Vaccination in Bombay 1874-1876 - 1874-1876
Year: 1874
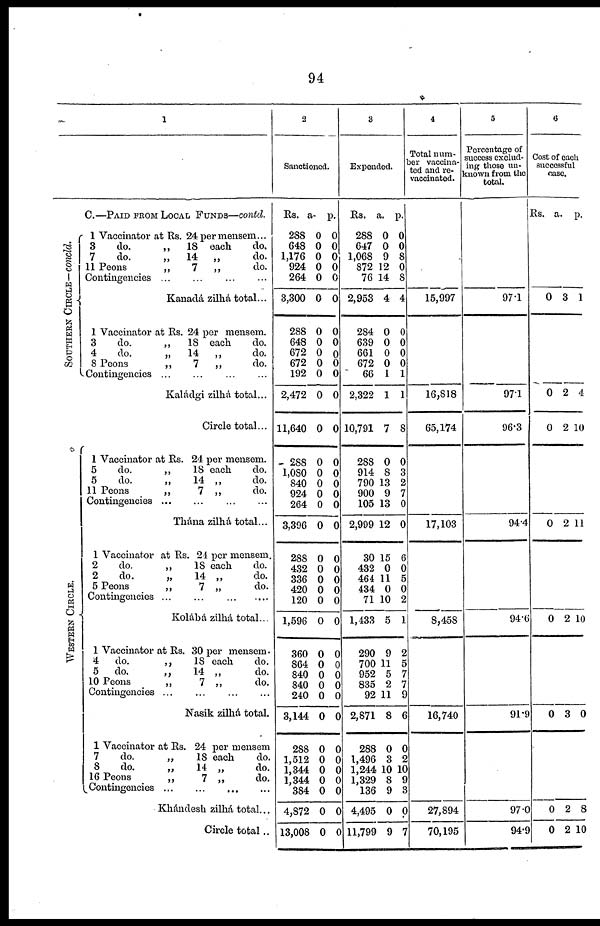
94
1
C.—PAID FROM LOCAL FUNDS—contd.
SOUTHERN CIRCLE—concld.
WE S
T E R N CI RCLE.
1 Vaccinator at Rs. 24 per mensem...
3
do.
„
18 each
do.
7
do.
„
14 „
do.
11 Peons
„
7
„
do.
Contingencies ... ... ... ...
Kanadá zilhá total...
1 Vaccinator at Rs. 24 per mensem.
3
do.
„
18 each
do.
4
do.
„
14
„
do.
8 Peons
„
7
„
do.
Contingencies...
...
...
...
Kaládgi zilhá total...
Circle total...
1 Vaccinator at Rs. 24 per mensem.
5
do.
„
18 each
do.
5
do.
„
14 „
do.
11 Peons „ 7 „ do.
Contingencies ... ... ... ...
Thána zilhá total...
1 Vaccinator at Rs. 24 per mensem.
2
do.
„
18 each
do.
2
do.
„
14 „
do.
5 Peons
„
7 „
do.
Contingencies ...
...
...
...
Kolábá zilhá total...
1 Vaccinator at Rs. 30 per mensem.
4
do.
„
18 each
do.
5
do.
„
14 „
do.
10 Peons
„
7 „
do.
Contingencies ... ... ... ...
Nasik zilhá total.
1 Vaccinator at Rs. 24 per mensem
7
do.
„
18 each
do.
8
do.
„
14 „
do.
16 Peons
„
7 „
do.
Contingencies...
...
...
...
Khándesh zilhá total...
Circle total...
2
Sanctioned.
Rs.
288
648
1,176
924
264
3,300
288
648
672
672
192
2,472
11,640
288
1,080
840
924
264
3,396
288
432
336
420
120
1,596
360
864
840
840
240
3,144
288
1,512
1,344
1,344
384
4,872
13,008
a.
0
0
0
0
0
0
0
0
0
0
0
0
0
0
0
0
0
0
0
0
0
0
0
0
0
0
0
0
0
0
0
0
0
0
0
0
0
0
p.
0
0
0
0
0
0
0
0
0
0
0
0
0
0
0
0
0
0
0
0
0
0
0
0
0
0
0
0
0
0
0
0
0
0
0
0
0
0
3
Expended.
Rs.
288
647
1,068
872
76
2,953
284
639
661
672
66
2,322
10,791
288
914
790
900
105
2,999
30
432
464
434
71
1,433
290
700
952
835
92
2,871
288
1,496
1,244
1,329
136
4,495
11,799
a.
0
0
9
12
14
4
0
0
0
0
1
1
7
0
8
13
9
13
12
15
0
11
0
10
5
9
11
5
2
11
8
0
3
10
8
9
0
9
p.
0
0
8
0
8
4
0
0
0
0
1
1
8
0
3
2
7
0
0
6
0
5
0
2
1
2
5
7
7
9
6
0
2
10
9
3
0
7
4
Total num¬
ber vaccina-
ted and re¬
vaccinated.
15,997
16,818
65,174
17,103
8,458
16,740
27,894
70,195
5
Percentage of
success exclud-
ing those un-
known from the
total.
97.1
97.1
96.3
94.4
94.6
91.9
97.0
94.9
6
Cost of each
successful
case.
Rs. a. p.
0 3 1
0
0
2
2
4
10
0 2 11
0 2 10
0 3 0
0
0
2
2
8
10